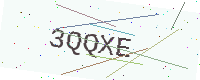
Text: 3QQXE